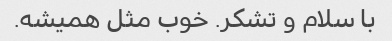
با سلام و تشکر. خوب مثل همیشه.